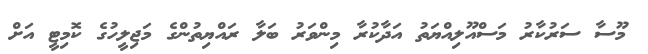
މޫސާ ސަރުކާރު މަސްއޫލިއްޔަތު އަދާކުރާ މިންވަރު ބަލާ ރައްޔިތުންގެ މަޖިލީހުގެ ކޮމިޓީ އަށް